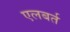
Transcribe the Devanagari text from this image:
एलबर्त